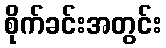
စိုက်ခင်းအတွင်း